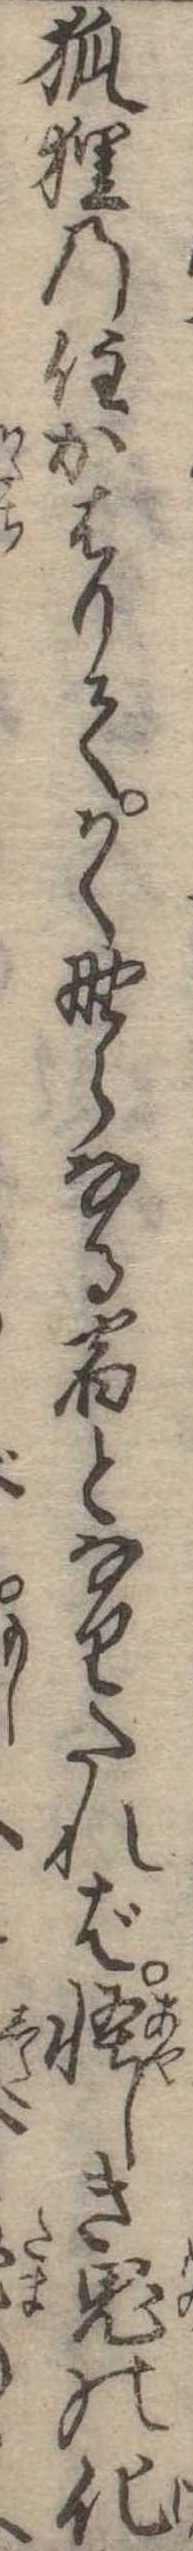
狐狸の住かはりてかく野らなる宿となりたれば怪しき鬼の化